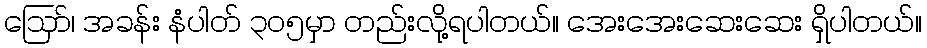
ဪ၊ အခန်း နံပါတ် ၃၀၅မှာ တည်းလို့ရပါတယ်။ အေးအေးဆေးဆေး ရှိပါတယ်။